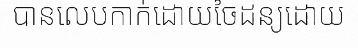
បានលេបកាក់ដោយចៃដន្យដោយ